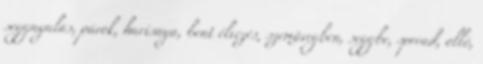
seggnyalás, párok, harisnya, bent élvezés, szemüvegben, seggbe, spread, olló,